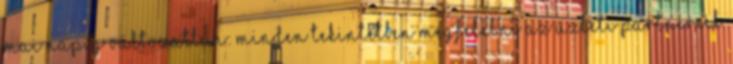
mai napig változatlan: minden tekintetben megfelelni az üzleti partnereik